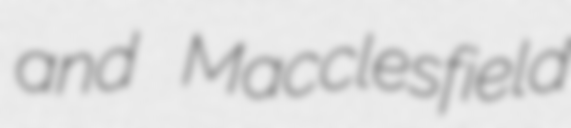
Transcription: and Macclesfield